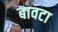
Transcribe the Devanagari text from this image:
बावटा